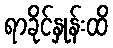
ရာခိုင်နှုန်းထိ